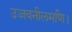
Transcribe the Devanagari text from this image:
उज्जवनीलमणि।